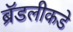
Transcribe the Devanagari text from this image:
ब्रॅडलीकडे